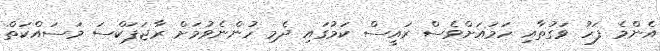
އެންމެ ފަހު ވަގުތާއި ހަމައަށްވެސް ރައީސް ކަމުގައި ދެމި ހުންނެވުމަށް ރާޖަޕަކްސަ މަސައްކަތް